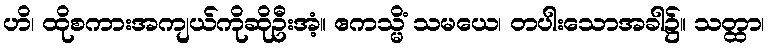
ဟိ၊ ထိုစကားအကျယ်ကိုဆိုဦးအံ့။ ဧကသ္မိံ သမယေ၊ တပါးသောအခါ၌။ သတ္ထာ၊